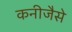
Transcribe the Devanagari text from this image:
कनीजैसे